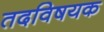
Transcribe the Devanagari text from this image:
तदविषयक